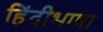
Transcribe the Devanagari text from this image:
हिंदीभाषा